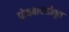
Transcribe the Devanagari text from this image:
पोयबावाडीतून